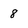
Character: 8